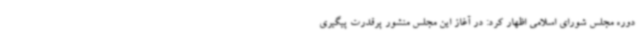
دوره مجلس شورای اسلامی اظهار کرد: در آغاز این مجلس منشور پرقدرت پیگیری